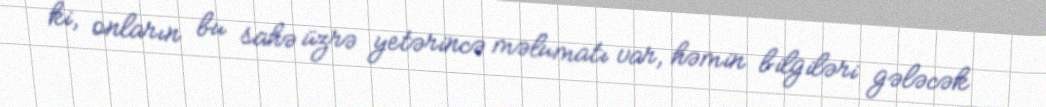
ki, onların bu sahə üzrə yetərincə məlumatı var, həmin bilgiləri gələcək